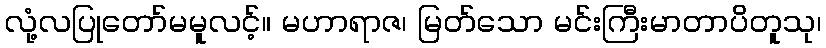
လုံ့လပြုတော်မမူလင့်။ မဟာရာဇ၊ မြတ်သော မင်းကြီးမာတာပိတူသု၊